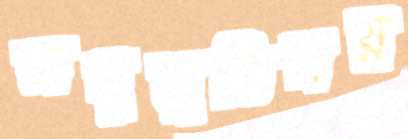
অনুভূতিময়